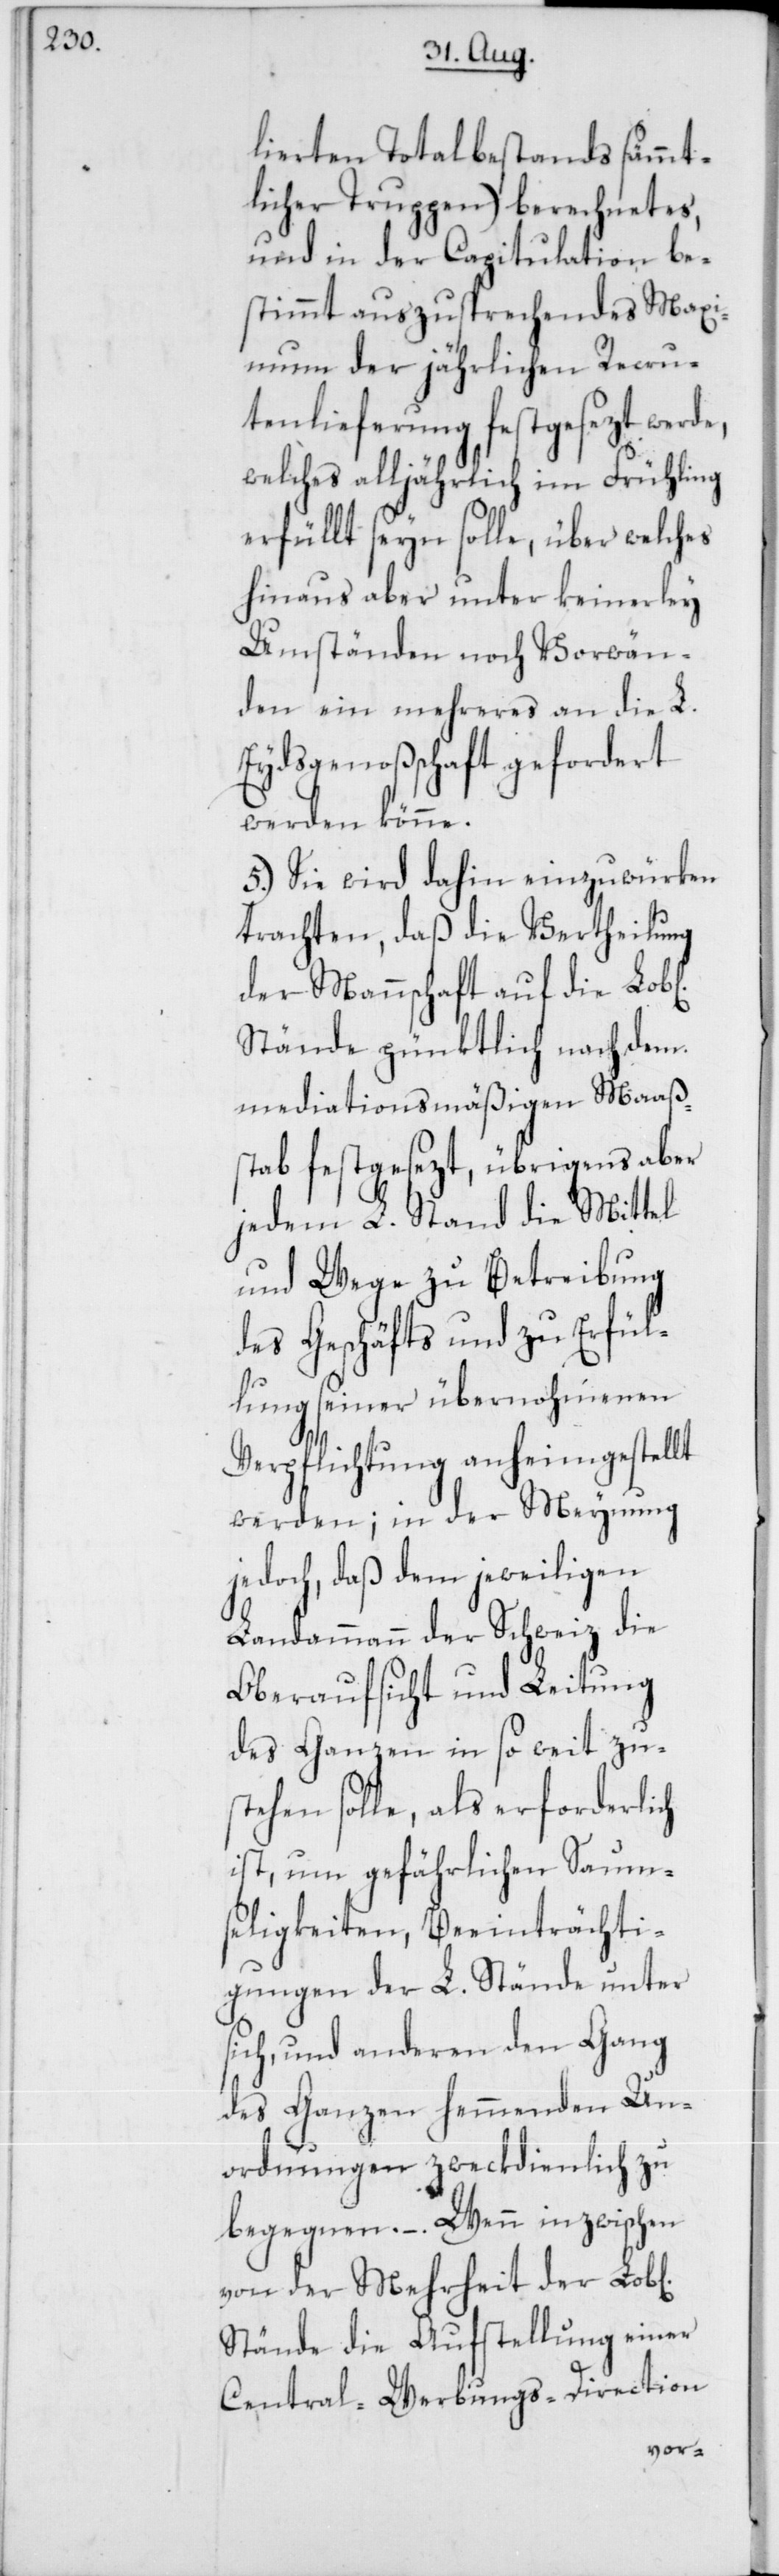
lierten Totalbestands sämmt¬
licher Truppen) berechnetes,
und in der Capitulation be¬
stimmt auszusprechendes Max¬
imum der jährlichen Recru¬
tenlieferung festgesezt werde,
welches alljährlich im Frühling
erfüllt seyn solle, über welches
hinaus aber unter keinerley
Umständen noch Vorwän¬
den ein mehreres an die L.
Eydsgenoßschaft gefordert
werden könne.
5.) Sie wird dahin einzuwürken
trachten, daß die Vertheilung
der Mannschaft auf die Lob[l¬
Stände pünktlich nach dem
mediationsmäßigen Maaßs¬
tab festgesezt, übrigens aber
jedem L. Stand die Mittel
und Wege zu Betreibung
des Geschäfts und zu Erfül¬
lung seiner übernohmenen
Verpflichtung anheimgestellt
werden; in der Meynung
jedoch, daß dem jeweiligen
Landammann der Schweiz die
Oberaufsicht und Leitung
des Ganzen in so weit zu¬
stehen solle, als erforderlich
ist, um gefährlichen Saum¬
seligkeiten, Beeinträchti¬
gungen der L. Stände unter
sich, und anderen den Gang
des Ganzen hemmenden Un¬
ichen]
ordnungen zweckdienlich zu
begegnen. – Wenn inzwischen
von der Mehrheit der Lob[l¬
Stände die Aufstellung einer
Central-Werbungs-Direction